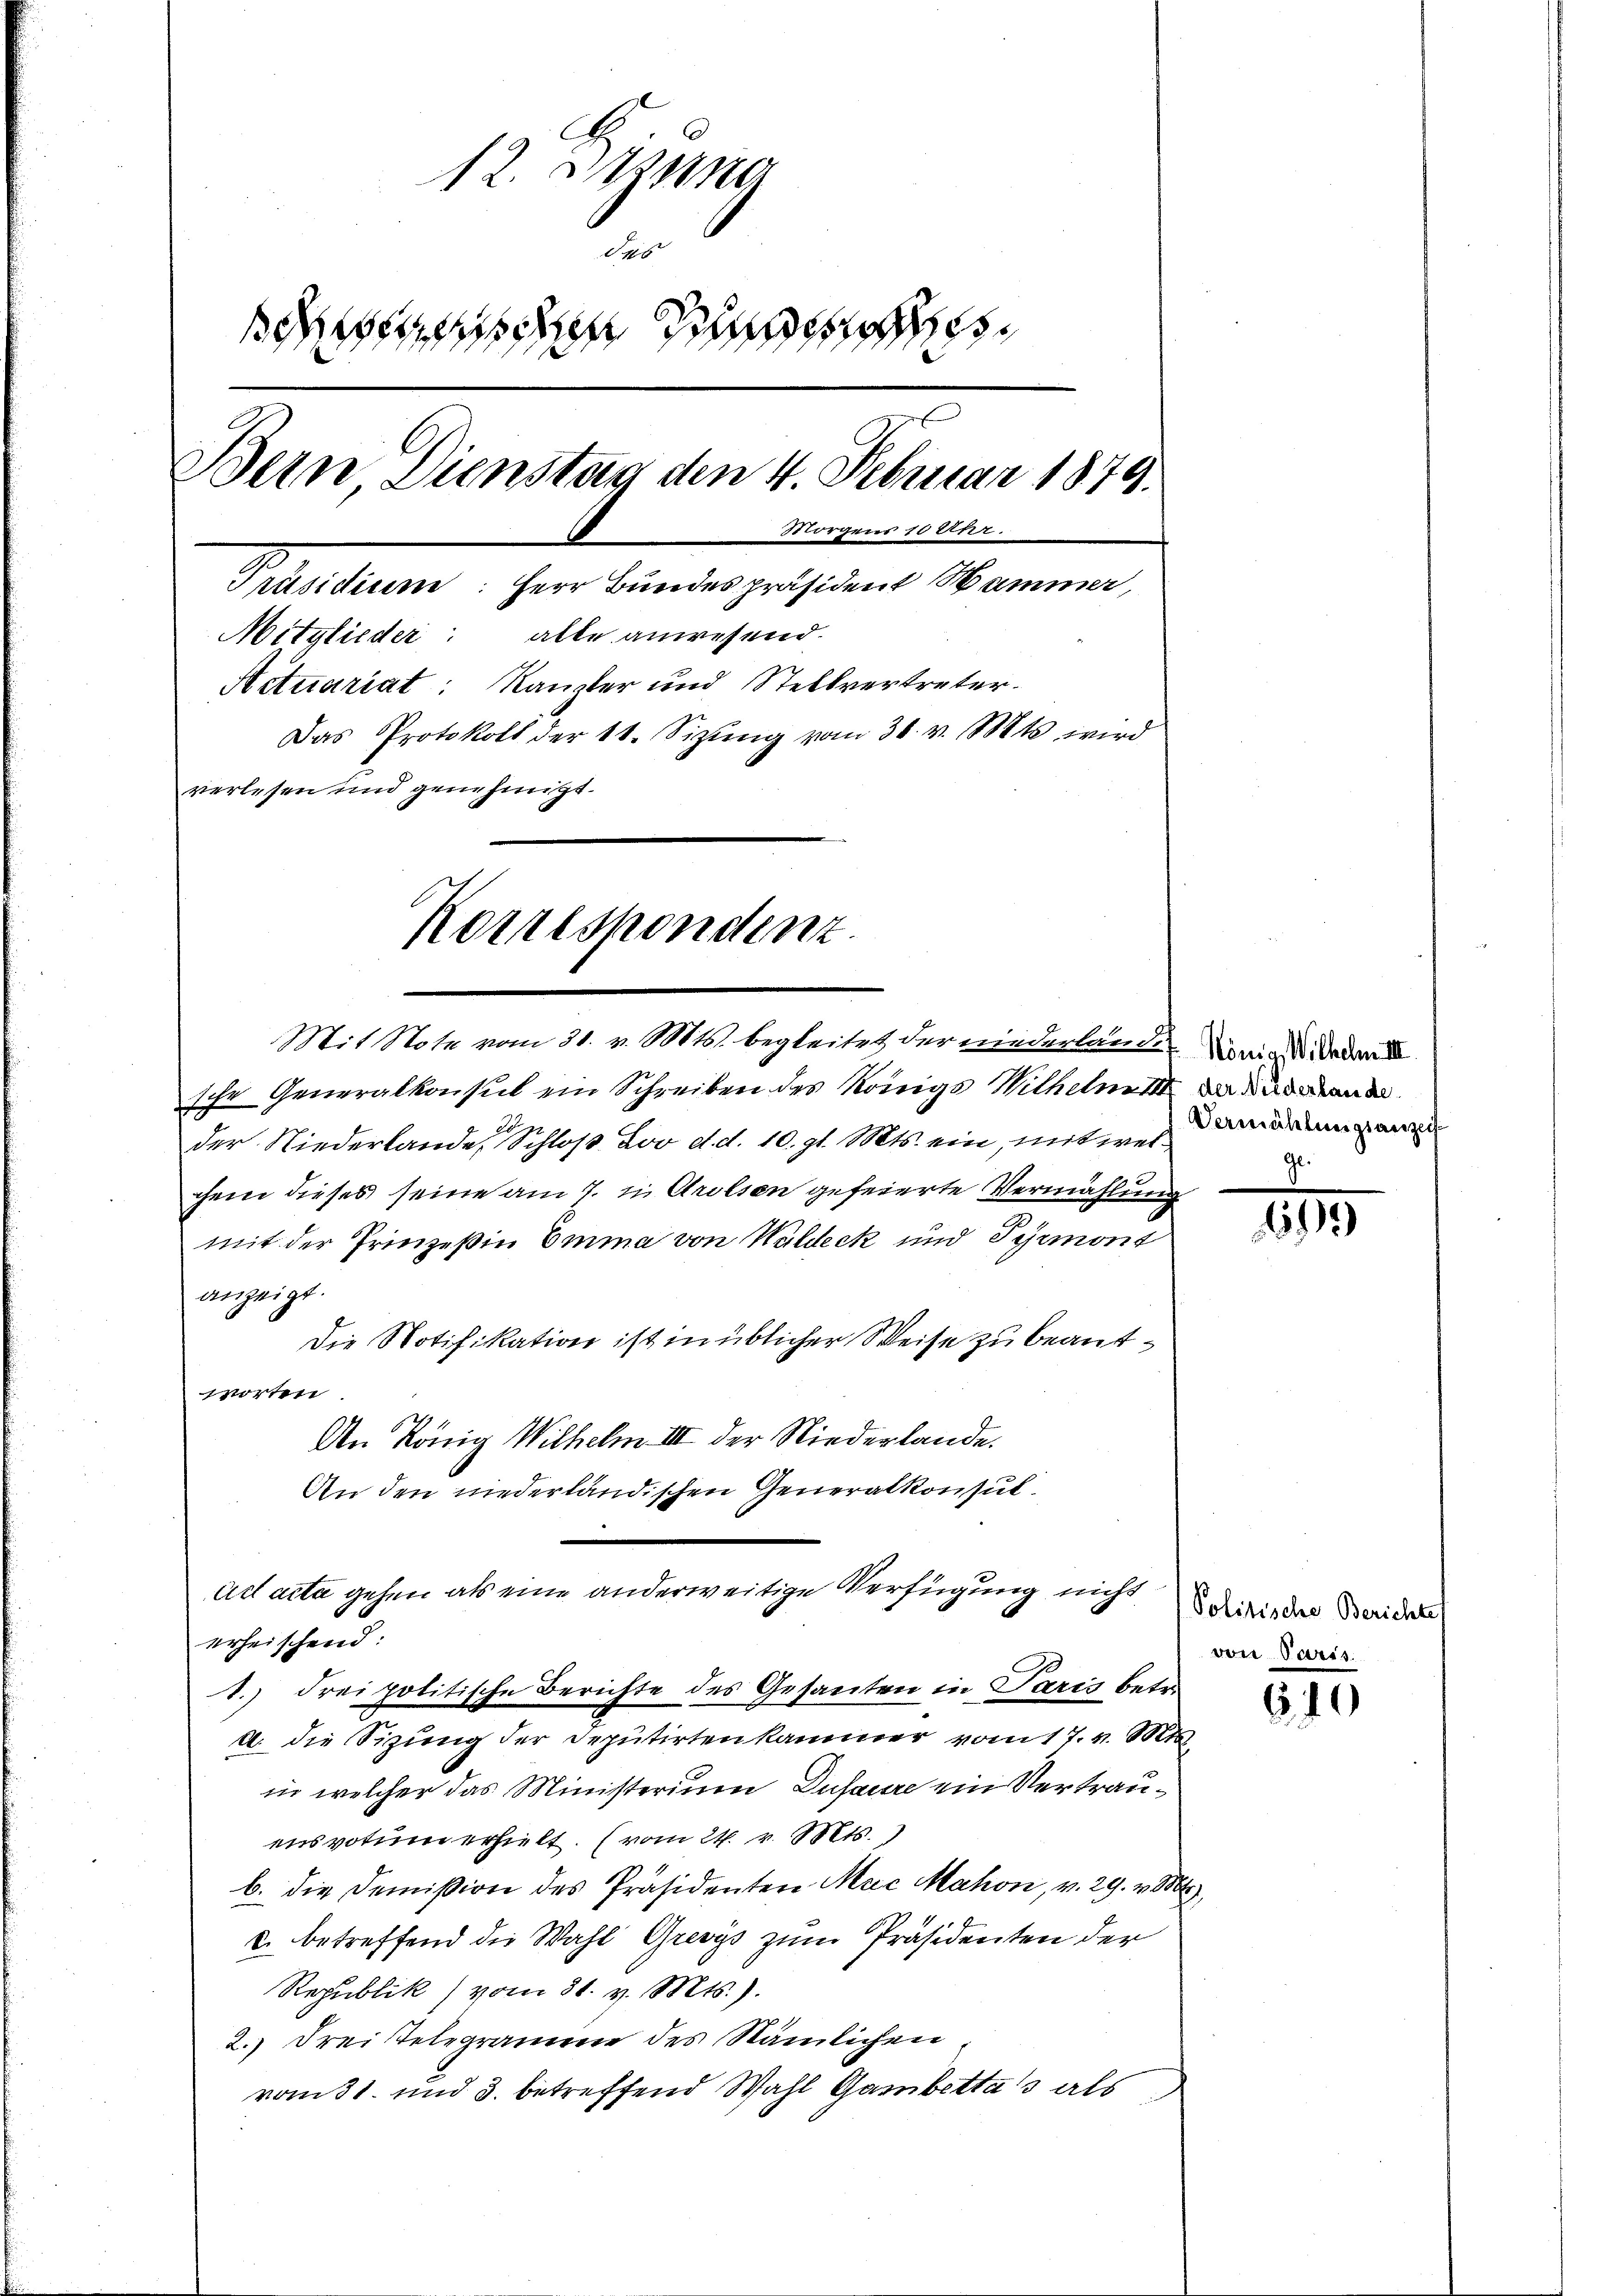
12. Sein
da

Bern Dienstag den 4. Februar 1879.
Morgens 10 Uhr.
Präsidium: Herr Bundespräsident Hammer,
Mitglieder: alle anwesend.
Actuariat: Kanzler und Stellvertreter.
Das Protokoll der 11. Sizŭng vom 30. v. Mts. wird
verlesen und genehmigt.

Korrespondenz

Mit Note vom 31. v. Mts. begleitet der niederlande König Wiedende
sche Generalkonsul ein Schreiben des Königs Wilhelmi der Widerland
 A
der Niederlande, Schloß Lov d. d. 10. gl. Mts. ein, mit welchem dieses seine am 7. in Arolsen gefeierte Vermählung
mit der Prinzeßin Emma von Waldeck und Pyrmont
anzeigt.
Die Notifikation ist in üblicher Weise zu beantworten
An König Wilhelm III der Niederlande.
An den niederländischen Generalkonsul
Act acta gehen als eine anderweitige Verfügung nicht
erheischend:
1.) drei politische Berichte des Gesanten in Paris betr.
u. die Sizung der Deputirtenkammer vom 17. v. Mts.
in welcher das Ministerium Dusaure ein Vertrauensvotum erhielt. (vom 24. v. Mts.
b. die Domißion des Präsidenten Mac Mahon, v. 29. v. Mts.
u. betreffend die Wahl Grevys zum Präsidenten der
Republik vom 31. v. Mts.).
2.) Frei Telegramme des Nämlichen,
ronst und 3. betreffend Wahl Gambetta als

Vermählungsanzei

1

Politische Berichte
von Paris.

610